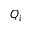
Q _ { i }